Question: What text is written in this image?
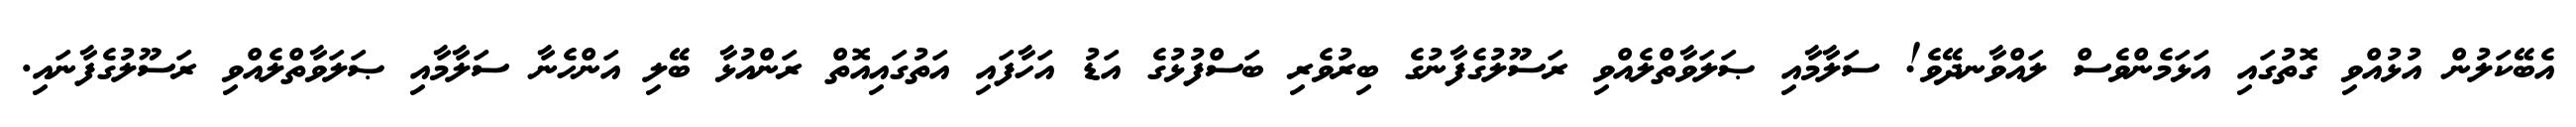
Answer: އެބޭކަލުން އުޅުއްވި ގޮތުގައި އަޅަމެންވެސް ލައްވާނދޭވެ! ސަލާމާއި ޞަލަވާތްލެއްވި ރަސޫލުގެފާނުގެ ބިރުވެރި ބަސްފުޅުގެ އަޑު އަހާފައި އަތުގައިއޮތް ރަންއުޅާ ބޭލި އަންހެނާ ސަލާމާއި ޞަލަވާތްލެއްވި ރަސޫލުގެފާނައި.